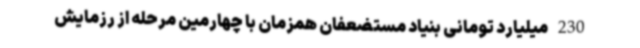
230 میلیارد تومانی بنیاد مستضعفان همزمان با چهارمین مرحله از رزمایش